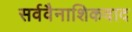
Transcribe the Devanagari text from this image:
सर्ववैनाशिकवाद